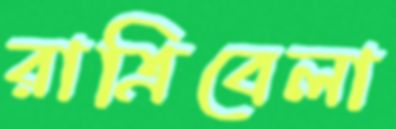
রাত্রিবেলা